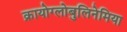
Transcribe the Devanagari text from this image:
क्रायोग्लोबुलिनेमिया